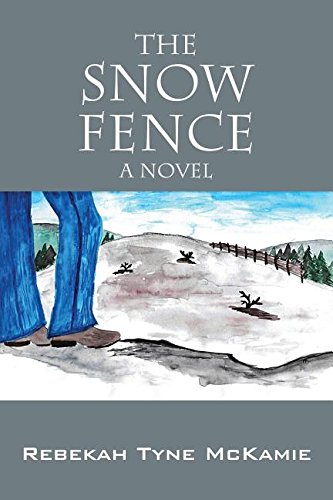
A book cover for The Snow Fence: A Novel; Rebekah Tyne McKamie; Religion & Spirituality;